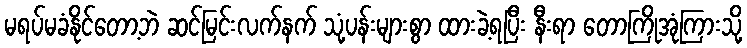
မရပ်မခံနိုင်တော့ဘဲ ဆင်မြင်းလက်နက် သုံ့ပန်းများစွာ ထားခဲ့ရပြီး နီးရာ တောကြိုအုံကြားသို့